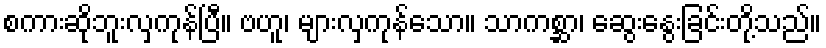
စကားဆိုဘူးလှကုန်ပြီ။ ဗဟူ၊ များလှကုန်သော။ သာကစ္ဆာ၊ ဆွေးနွေးခြင်းတို့သည်။